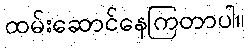
ထမ်းဆောင်နေကြတာပါ။